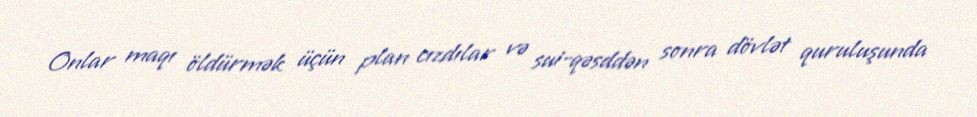
Onlar maqı öldürmək üçün plan cızdılar və sui-qəsddən sonra dövlət quruluşunda